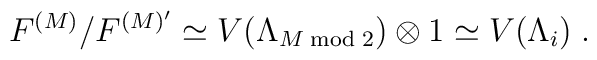
F^{(M)}/ F^{(M)'} \simeq  V(\Lambda_{M \bmod 2})\otimes 1 \simeq  V(\Lambda_i)\; .